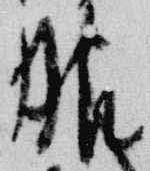
服